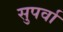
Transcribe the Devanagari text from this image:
सुपर्वा